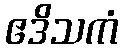
ဧဒိသကံ